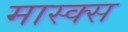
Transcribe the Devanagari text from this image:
मास्क्स